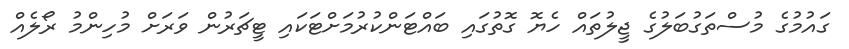
ގައުމުގެ މުސްތަގުބަލުގެ ޖީލުތައް ހެޔޮ ގޮތުގައި ބައްޓަންކުރުމަށްޓަކައި ޓީޗަރުން ވަރަށް މުހިންމު ރޯލެއް